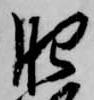
肥